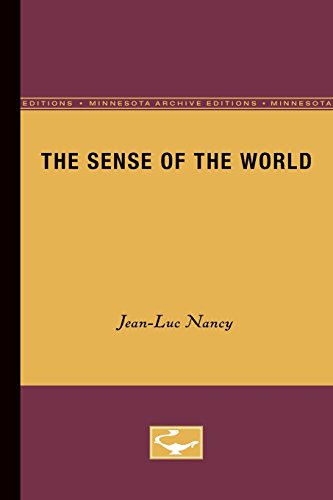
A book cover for The Sense of the World; Jean-Luc Nancy; Politics & Social Sciences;